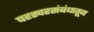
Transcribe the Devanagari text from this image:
परस्परसंबंधातून